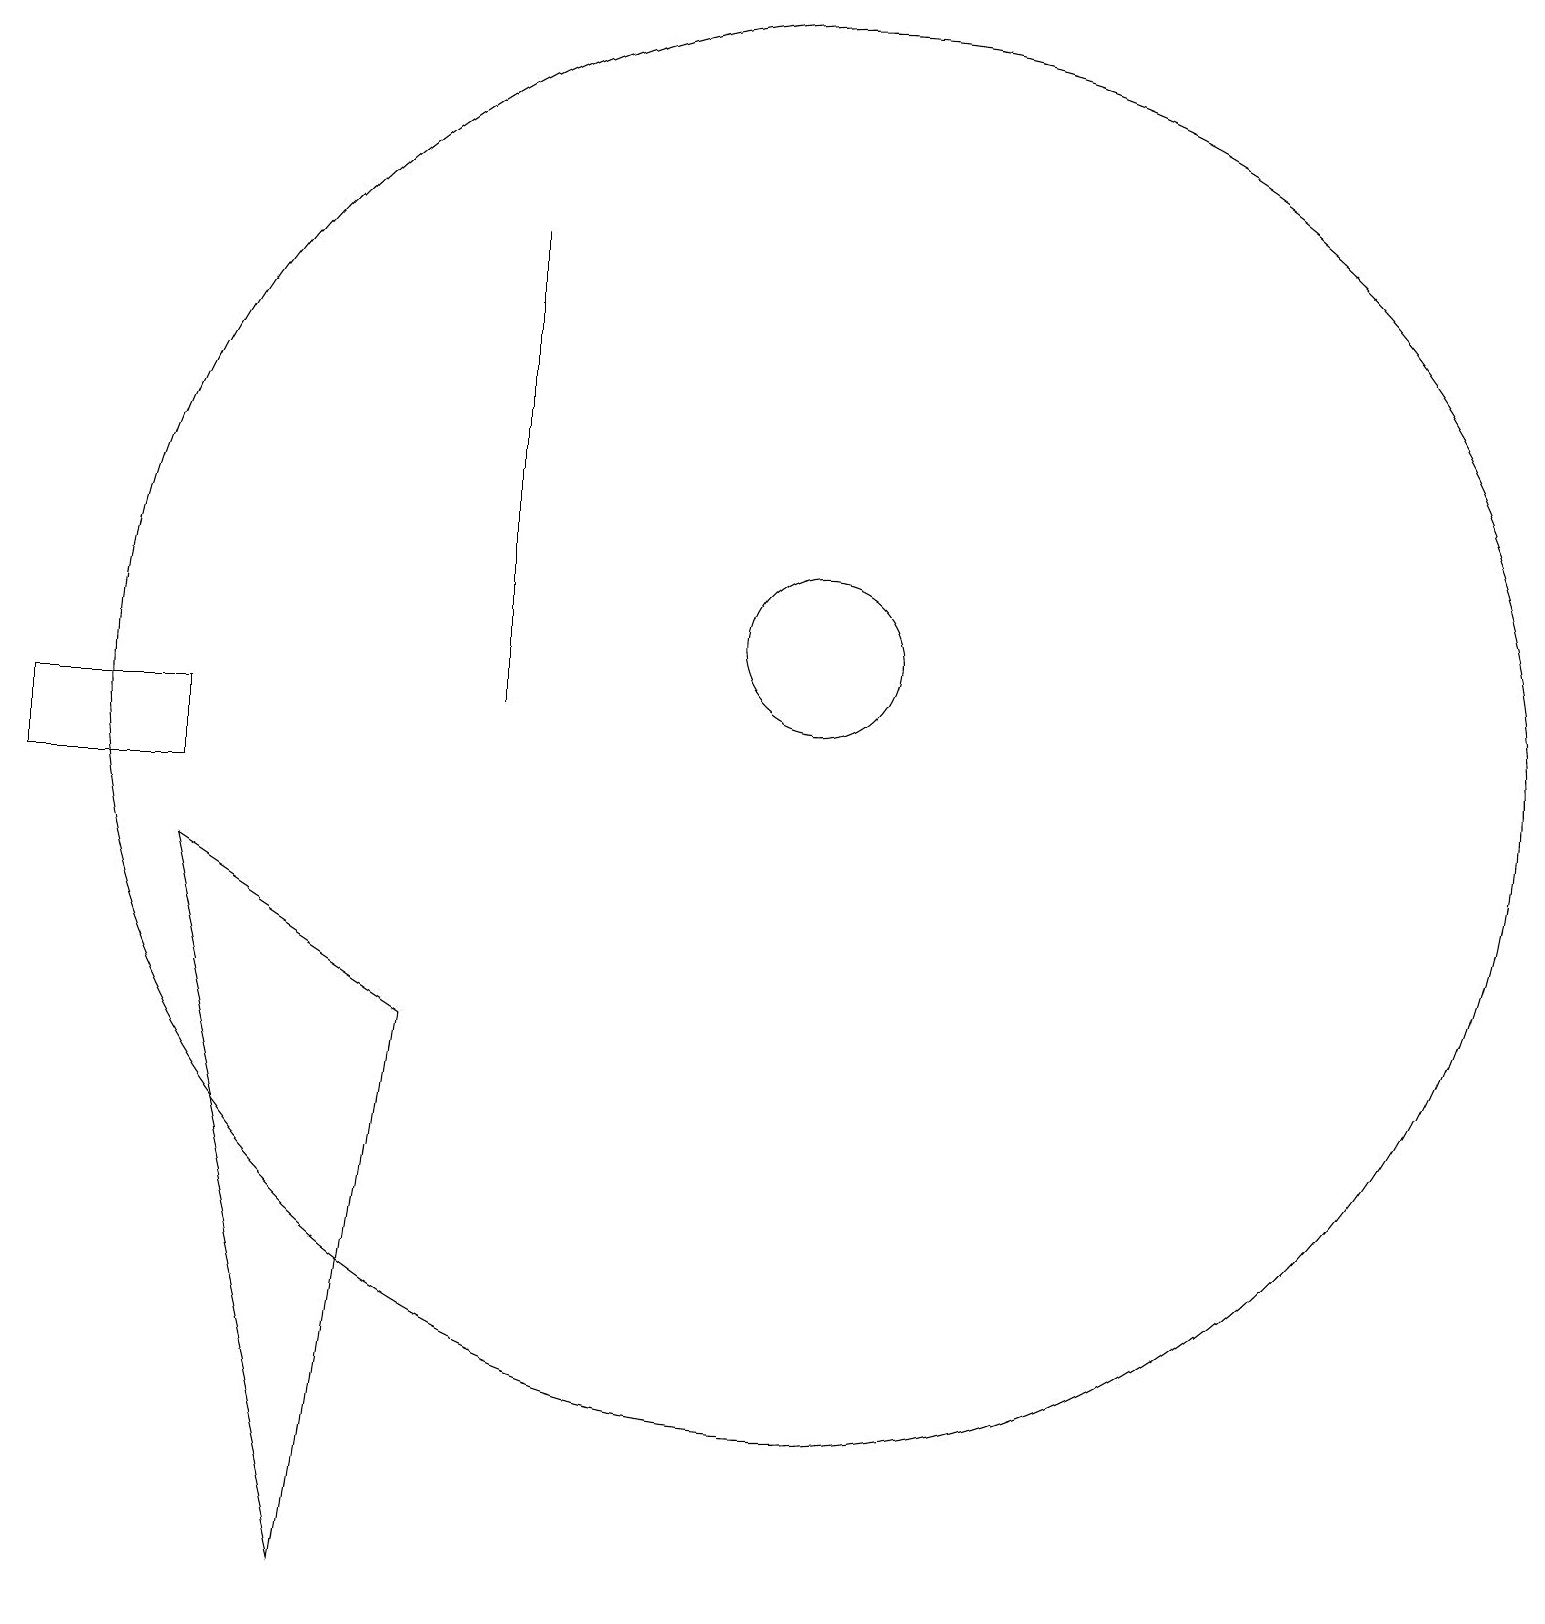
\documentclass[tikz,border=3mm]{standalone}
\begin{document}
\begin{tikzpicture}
\draw (11,12) circle (1);
\draw (11,11) circle (9);
\draw (3,9) -- (5,0) -- (6,7) -- cycle;
\draw (7,17) rectangle (7,11);
\draw (3,11) rectangle (1,10);
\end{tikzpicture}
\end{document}